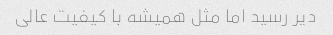
دیر رسید اما مثل همیشه با کیفیت عالی